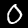
Label: 0